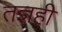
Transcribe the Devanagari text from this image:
तज्ञही